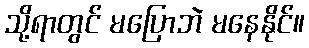
သို့ရာတွင် မပြောဘဲ မနေနိုင်။